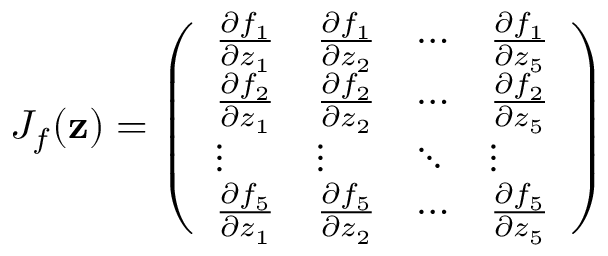
{ J } _ { f } ( { \bf z } ) = \left( \begin{array} { l l l l } { \frac { \partial f _ { 1 } } { \partial z _ { 1 } } } & { \frac { \partial f _ { 1 } } { \partial z _ { 2 } } } & { \cdots } & { \frac { \partial f _ { 1 } } { \partial z _ { 5 } } } \\ { \frac { \partial f _ { 2 } } { \partial z _ { 1 } } } & { \frac { \partial f _ { 2 } } { \partial z _ { 2 } } } & { \cdots } & { \frac { \partial f _ { 2 } } { \partial z _ { 5 } } } \\ { \vdots } & { \vdots } & { \ddots } & { \vdots } \\ { \frac { \partial f _ { 5 } } { \partial z _ { 1 } } } & { \frac { \partial f _ { 5 } } { \partial z _ { 2 } } } & { \cdots } & { \frac { \partial f _ { 5 } } { \partial z _ { 5 } } } \end{array} \right)